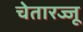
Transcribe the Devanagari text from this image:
चेतारज्जू